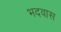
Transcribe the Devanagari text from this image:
भदवास